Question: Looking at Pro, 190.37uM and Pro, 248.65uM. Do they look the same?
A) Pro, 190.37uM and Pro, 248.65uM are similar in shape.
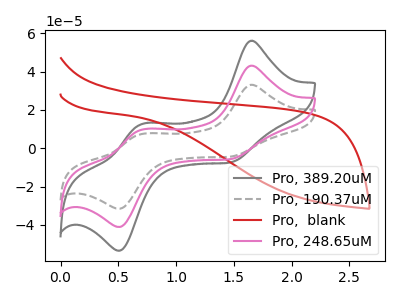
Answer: <think>The gray curve "Pro, 389.20uM" has anodic peaks at (1.65V, 86.20uA) (0.70V, 19.15uA) and cathodic peaks at (1.45V, -11.50uA) (0.50V, -82.10uA). The gray dashed curve "Pro, 190.37uM" has anodic peaks at (1.65V, 33.10uA) (0.70V, 7.35uA) and cathodic peaks at (1.45V, -4.40uA) (0.50V, -31.55uA). The red curve "Pro,  blank" has no peaks. The pink curve "Pro, 248.65uM" has anodic peaks at (1.65V, 43.10uA) (0.70V, 9.55uA) and cathodic peaks at (1.45V, -5.75uA) (0.50V, -41.05uA).
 All the peaks in "Pro, 190.37uM" have a peak in "Pro, 248.65uM" at the same potential. Every peak in "Pro, 190.37uM" is lower than every peak in "Pro, 248.65uM".</think>
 <answer>A) "Pro, 190.37uM" and "Pro, 248.65uM" are similar in shape.</answer>
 <eval>A</eval>